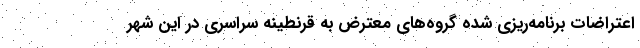
اعتراضات برنامه‌ریزی شده گروه‌های معترض به قرنطینه سراسری در این شهر